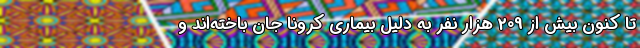
تا کنون بیش از 209 هزار نفر به دلیل بیماری کرونا جان باخته‌اند و